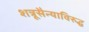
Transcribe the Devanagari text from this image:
शत्रूसैन्याविरुद्ध